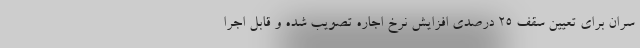
سران برای تعیین سقف ۲۵ درصدی افزایش نرخ اجاره تصویب شده و قابل اجرا